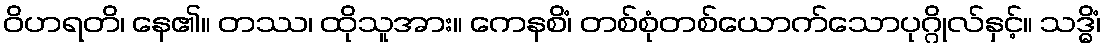
ဝိဟရတိ၊ နေ၏။ တဿ၊ ထိုသူအား။ ကေနစိံ၊ တစ်စုံတစ်ယောက်သောပုဂ္ဂိုလ်နှင့်။ သဒ္ဓိံ၊